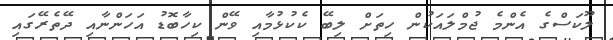
ލޫކަސްގެ އެންމެ ޖުމްލައަކުން ހިތަށް ލިބޭ ކެކުޅުމާއި ވޭން ކިހާބޮޑު އަހަންނާއި ދޭތެރޭގައި